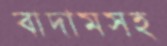
বাদামসহ